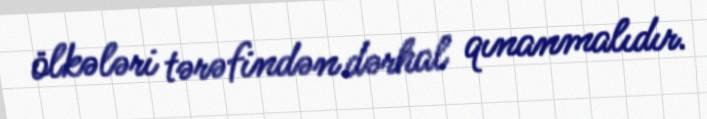
ölkələri tərəfindən dərhal qınanmalıdır.